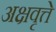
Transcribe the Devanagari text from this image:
अक्षवृत्ते